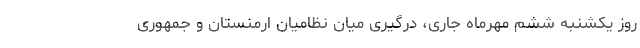
روز یکشنبه ششم مهرماه جاری، درگیری میان نظامیان ارمنستان و جمهوری